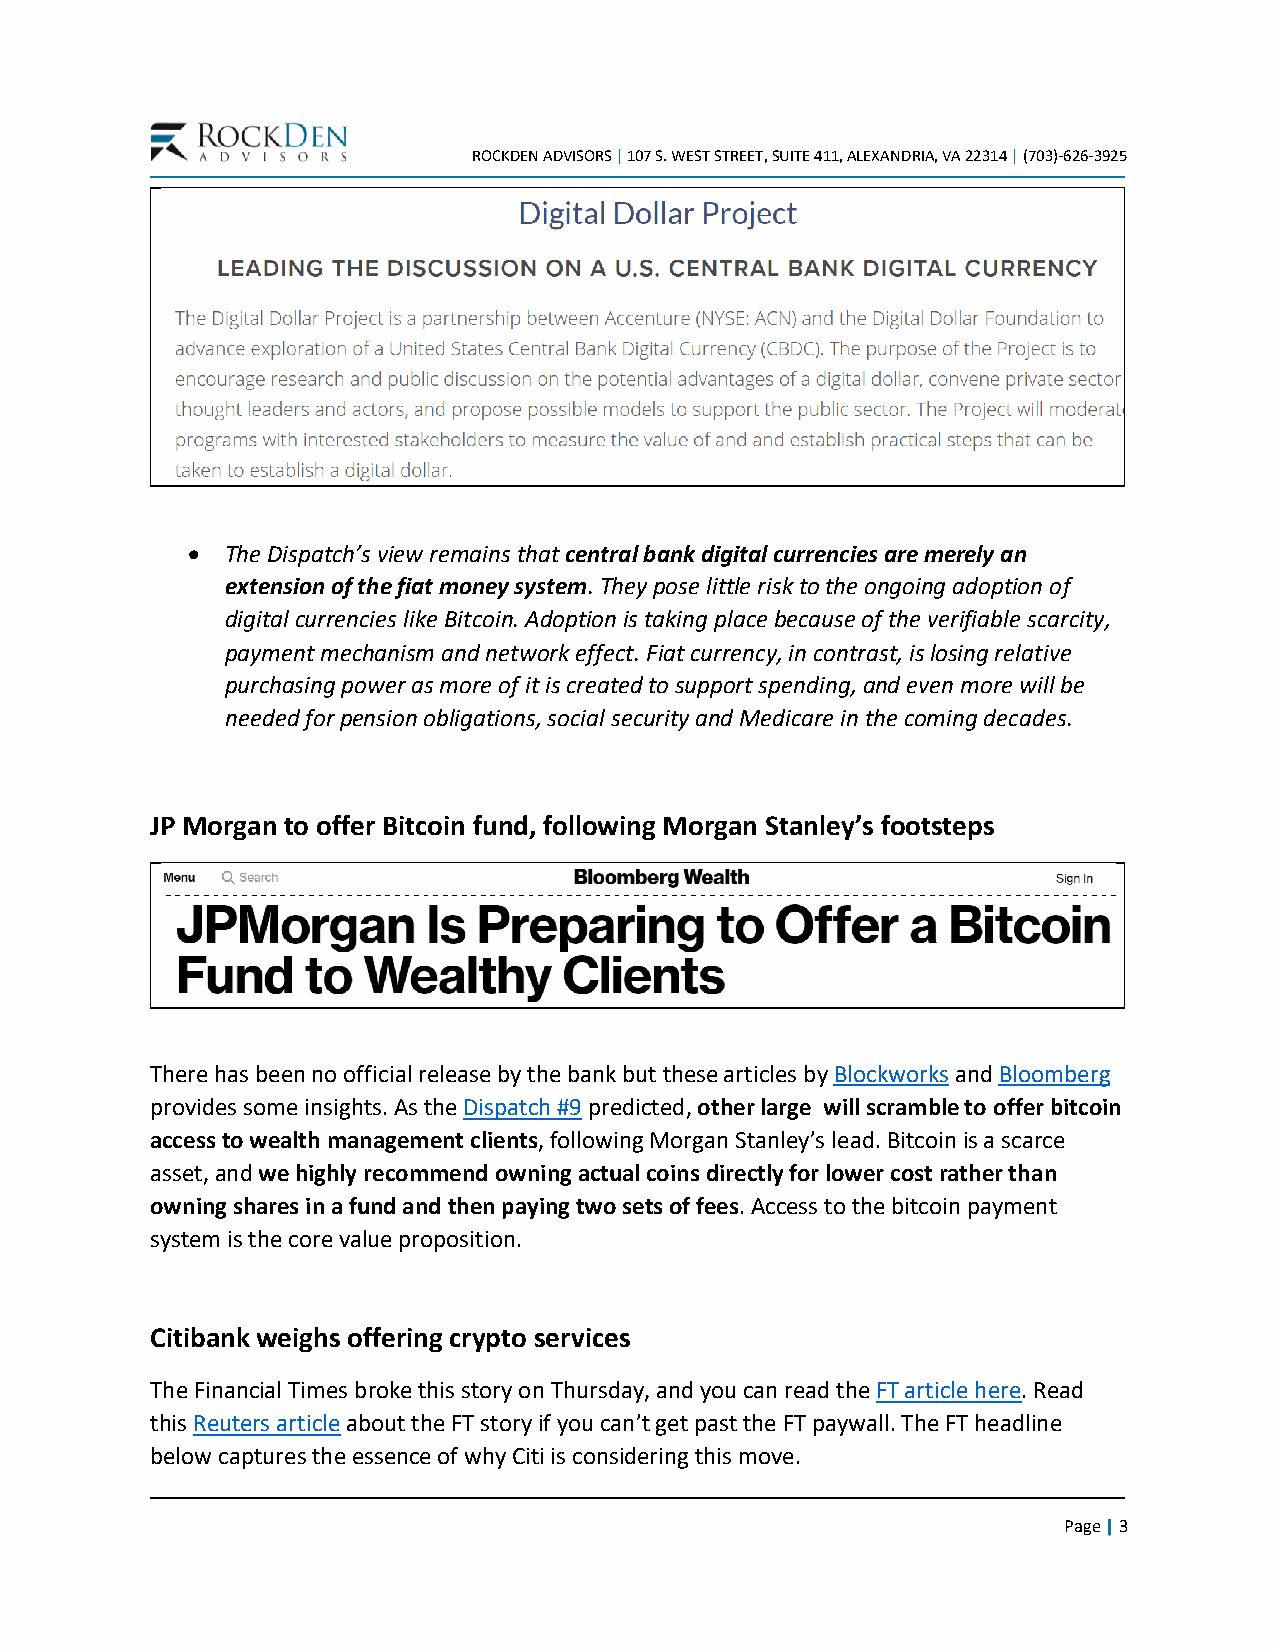
ROCKDEN ADVISORS | 107 S. WEST STREET, SUITE 411, ALEXANDRIA, VA 22314 | (703)-626-3925
 •  The Dispatch’s view remains that central bank digital currencies are merely an
 extension of the fiat money system. They pose little risk to the ongoing adoption of
 digital currencies like Bitcoin. Adoption is taking place because of the verifiable scarcity,
 payment mechanism and network effect. Fiat currency, in contrast, is losing relative
 purchasing power as more of it is created to support spending, and even more will be
 needed for pension obligations, social security and Medicare in the coming decades.
 JP Morgan to offer Bitcoin fund, following Morgan Stanley’s footsteps
 There has been no official release by the bank but these articles by Blockworks and Bloomberg
 provides some insights. As the Dispatch #9 predicted, other large will scramble to offer bitcoin
 access to wealth management clients, following Morgan Stanley’s lead. Bitcoin is a scarce
 asset, and we highly recommend owning actual coins directly for lower cost rather than
 owning shares in a fund and then paying two sets of fees. Access to the bitcoin payment
 system is the core value proposition.
 Citibank weighs offering crypto services
 The Financial Times broke this story on Thursday, and you can read the FT article here. Read
 this Reuters article about the FT story if you can’t get past the FT paywall. The FT headline
 below captures the essence of why Citi is considering this move.
 Page | 3